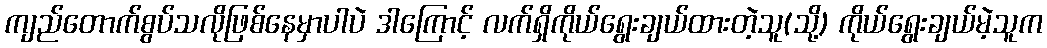
ကျည်တောက်စွပ်သလိုဖြစ်နေမှာပါပဲ ဒါကြောင့် လက်ရှိကိုယ်ရွေးချယ်ထားတဲ့သူ(သို့) ကိုယ်ရွေးချယ်မဲ့သူက